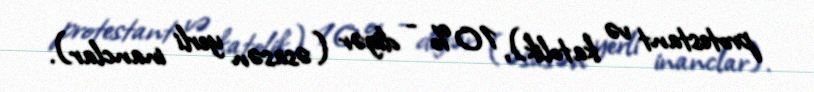
protestant və katolik), 10% - digər (əsasən yerli inanclar).